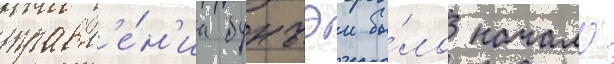
правл'е́н'иа бунъэи бы́ло начало